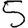
Digit: 5